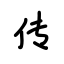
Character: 传